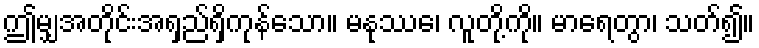
ဤမျှအတိုင်းအရှည်ရှိကုန်သော။ မနုဿေ၊ လူတို့ကို။ မာရေတွာ၊ သတ်၍။